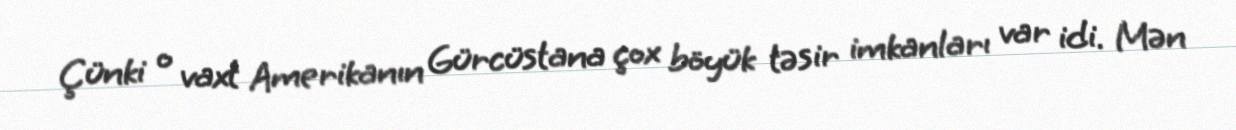
Çünki o vaxt Amerikanın Gürcüstana çox böyük təsir imkanları var idi. Mən